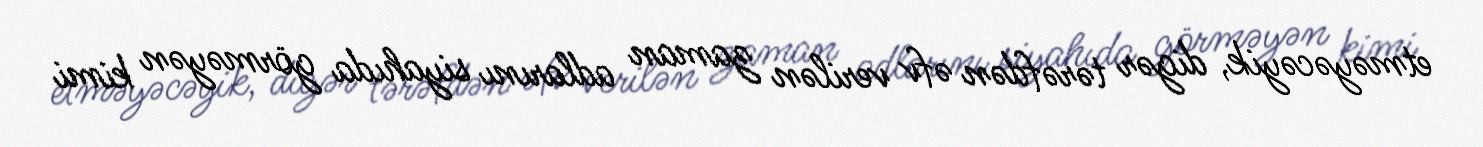
etməyəcəyik, digər tərəfdən əfv verilən zaman adlarını siyahıda görməyən kimi